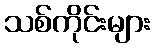
သစ်ကိုင်းများ